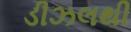
ડીઝલથી